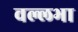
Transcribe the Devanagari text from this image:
वल्लभा